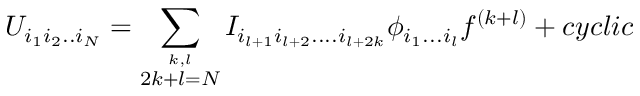
U _ { i _ { 1 } i _ { 2 } . . i _ { N } } = \sum _ { \stackrel { k , l } { 2 k + l = N } } I _ { i _ { l + 1 } i _ { l + 2 } . . . . i _ { l + 2 k } } \phi _ { i _ { 1 } . . . i _ { l } } f ^ { ( k + l ) } + c y c l i c